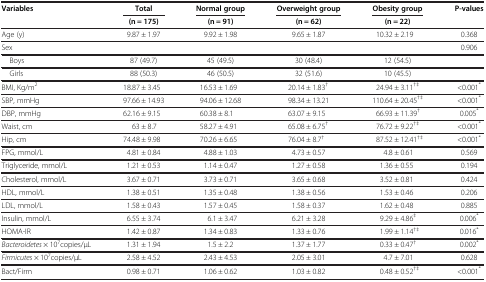
<table><thead><tr><td><b>Variables</b></td><td><b>Total</b></td><td><b>Normal group</b></td><td><b>Overweight group</b></td><td><b>Obesity group</b></td><td><b>P-values</b></td></tr><tr><td><b> </b></td><td><b>(n = 175)</b></td><td><b>(n = 91)</b></td><td><b>(n = 62)</b></td><td><b>(n = 22)</b></td><td><b> </b></td></tr></thead><tbody><tr><td>Age (y)</td><td>9.87 ± 1.97</td><td>9.92 ± 1.98</td><td>9.65 ± 1.87</td><td>10.32 ± 2.19</td><td>0.368</td></tr><tr><td>Sex</td><td> </td><td> </td><td> </td><td> </td><td>0.906</td></tr><tr><td> Boys</td><td>87 (49.7)</td><td>45 (49.5)</td><td>30 (48.4)</td><td>12 (54.5)</td><td> </td></tr><tr><td> Girls</td><td>88 (50.3)</td><td>46 (50.5)</td><td>32 (51.6)</td><td>10 (45.5)</td><td> </td></tr><tr><td>BMI, Kg/m<sup>2</sup></td><td>18.87 ± 3.45</td><td>16.53 ± 1.69</td><td>20.14 ± 1.83<sup>†</sup></td><td>24.94 ± 3.11<sup>†‡</sup></td><td>&lt;0.001<sup>*</sup></td></tr><tr><td>SBP, mmHg</td><td>97.66 ± 14.93</td><td>94.06 ± 12.68</td><td>98.34 ± 13.21</td><td>110.64 ± 20.45<sup>†‡</sup></td><td>&lt;0.001<sup>*</sup></td></tr><tr><td>DBP, mmHg</td><td>62.16 ± 9.15</td><td>60.38 ± 8.1</td><td>63.07 ± 9.15</td><td>66.93 ± 11.39<sup>†</sup></td><td>0.005<sup>*</sup></td></tr><tr><td>Waist, cm</td><td>63 ± 8.7</td><td>58.27 ± 4.91</td><td>65.08 ± 6.75<sup>†</sup></td><td>76.72 ± 9.22<sup>†‡</sup></td><td>&lt;0.001<sup>*</sup></td></tr><tr><td>Hip, cm</td><td>74.48 ± 9.98</td><td>70.26 ± 6.65</td><td>76.04 ± 8.7<sup>†</sup></td><td>87.52 ± 12.41<sup>†‡</sup></td><td>&lt;0.001<sup>*</sup></td></tr><tr><td>FPG, mmol/L</td><td>4.81 ± 0.84</td><td>4.88 ± 1.03</td><td>4.73 ± 0.57</td><td>4.8 ± 0.61</td><td>0.569</td></tr><tr><td>Triglyceride, mmol/L</td><td>1.21 ± 0.53</td><td>1.14 ± 0.47</td><td>1.27 ± 0.58</td><td>1.36 ± 0.55</td><td>0.194</td></tr><tr><td>Cholesterol, mmol/L</td><td>3.67 ± 0.71</td><td>3.73 ± 0.71</td><td>3.65 ± 0.68</td><td>3.52 ± 0.81</td><td>0.424</td></tr><tr><td>HDL, mmol/L</td><td>1.38 ± 0.51</td><td>1.35 ± 0.48</td><td>1.38 ± 0.56</td><td>1.53 ± 0.46</td><td>0.206</td></tr><tr><td>LDL, mmol/L</td><td>1.58 ± 0.43</td><td>1.57 ± 0.45</td><td>1.58 ± 0.37</td><td>1.62 ± 0.48</td><td>0.885</td></tr><tr><td>Insulin, mmol/L</td><td>6.55 ± 3.74</td><td>6.1 ± 3.47</td><td>6.21 ± 3.28</td><td>9.29 ± 4.86<sup>‡</sup></td><td>0.006<sup>*</sup></td></tr><tr><td>HOMA-IR</td><td>1.42 ± 0.87</td><td>1.34 ± 0.83</td><td>1.33 ± 0.76</td><td>1.99 ± 1.14<sup>†‡</sup></td><td>0.016<sup>*</sup></td></tr><tr><td><i>Bacteroidetes</i> × 10<sup>7</sup>copies/μL</td><td>1.31 ± 1.94</td><td>1.5 ± 2.2</td><td>1.37 ± 1.77</td><td>0.33 ± 0.47<sup>†</sup></td><td>0.002<sup>*</sup></td></tr><tr><td><i>Firmicutes</i> × 10<sup>7</sup>copies/μL</td><td>2.58 ± 4.52</td><td>2.43 ± 4.53</td><td>2.05 ± 3.01</td><td>4.7 ± 7.01</td><td>0.628</td></tr><tr><td>Bact/Firm</td><td>0.98 ± 0.71</td><td>1.06 ± 0.62</td><td>1.03 ± 0.82</td><td>0.48 ± 0.52<sup>†‡</sup></td><td>&lt;0.001<sup>*</sup></td></tr></tbody></table>